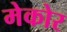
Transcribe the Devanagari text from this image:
मेकोर